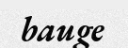
bauge